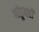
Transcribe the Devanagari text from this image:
फोडूनही